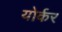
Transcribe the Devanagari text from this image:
योर्कर